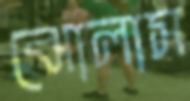
ঝোলাস